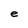
Character: e